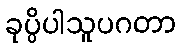
ခုပ္ပိပါသူပဂတာ